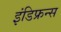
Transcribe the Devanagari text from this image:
इंडिफ्रन्स